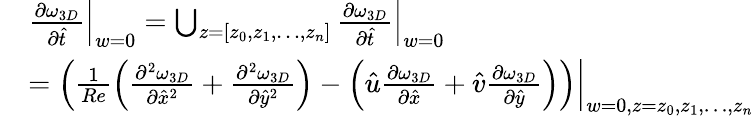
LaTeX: \begin{array}{rl}&{\left.\frac{\partial\omega_{3D}}{\partial\hat{t}}\right|_{w=0}={\bigcup_{z=\lbrack z_{0},z_{1},\ldots,z_{n}\rbrack}\left.\frac{\partial\omega_{3D}}{\partial\hat{t}}\right|_{w=0}}}\\ &{=\left.\left({\frac{1}{Re}\left({\frac{\partial^{2}\omega_{3D}}{\partial{\hat{x}}^{2}}+\frac{\partial^{2}\omega_{3D}}{\partial{\hat{y}}^{2}}}\right)-\left({\hat{u}\frac{\partial\omega_{3D}}{\partial\hat{x}}+\hat{v}\frac{\partial\omega_{3D}}{\partial\hat{y}}}\right)}\right)\right|_{w=0,z=z_{0},z_{1},\ldots,z_{n}}}\end{array}